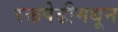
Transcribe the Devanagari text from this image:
रक्तपेढीमधून